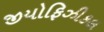
જીયોફિઝીકલ